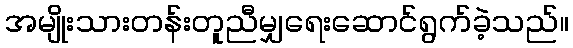
အမျိုးသားတန်းတူညီမျှရေးဆောင်ရွက်ခဲ့သည်။